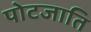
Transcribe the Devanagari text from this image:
पोटजाति